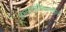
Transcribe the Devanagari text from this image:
अभ्याससंचिकामधील